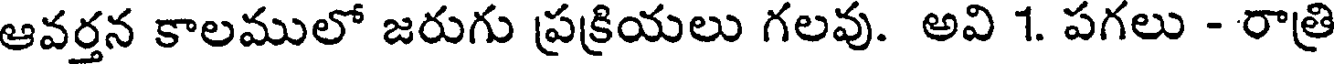
ఆవర్తన కాలములో జరుగు ప్రక్రియలు గలవు. అవి 1. పగలు - రాత్రి